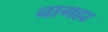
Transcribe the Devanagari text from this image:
नागहा